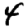
Digit: 4